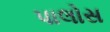
પાલોસ